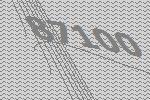
87100